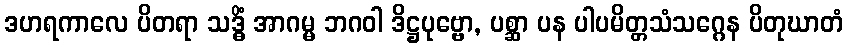
ဒဟရကာလေ ပိတရာ သဒ္ဓိံ အာဂမ္မ ဘဂဝါ ဒိဋ္ဌပုဗ္ဗော, ပစ္ဆာ ပန ပါပမိတ္တသံသဂ္ဂေန ပိတုဃာတံ